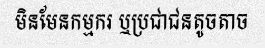
មិនមែនកម្មករ ឬប្រជាជនតូចតាច